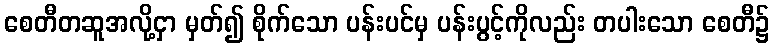
စေတီတဆူအလို့ငှာ မှတ်၍ စိုက်သော ပန်းပင်မှ ပန်းပွင့်ကိုလည်း တပါးသော စေတီ၌